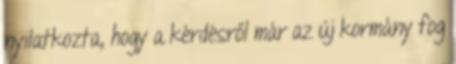
nyilatkozta, hogy a kérdésről már az új kormány fog